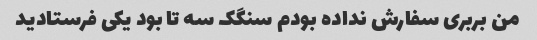
من بربری سفارش نداده بودم سنگک سه تا بود یکی فرستادید